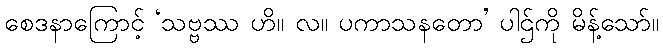
စေဒနာကြောင့် ‘သဗ္ဗဿ ဟိ။ လ။ ပကာသနတော’ ပါဌ်ကို မိန့်သော်။